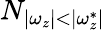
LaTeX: N_{|\omega_{z}|<|\omega_{z}^{*}|}